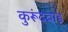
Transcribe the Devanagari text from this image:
कुरूंदवाड